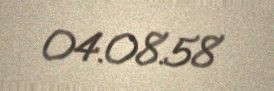
04.08.58